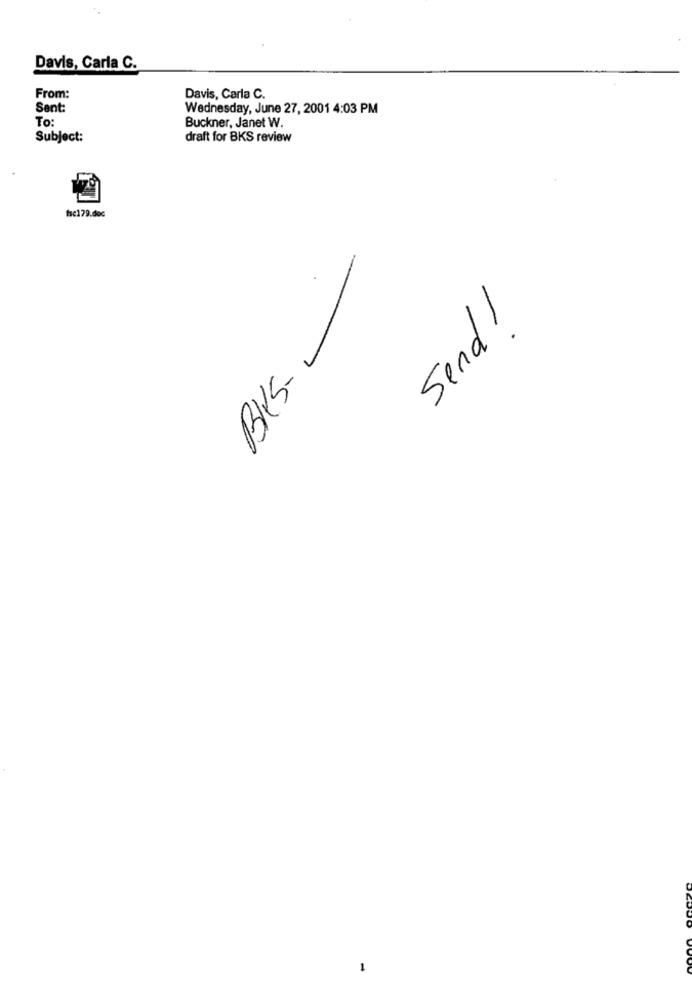
Davis, Carla C.
From:
Davis, Carla C.
Sent:
Wednesday, June 27, 2001 4:03 PM
To:
Buckner, Janet W.
Subject:
draft for BKS review
fsc179.doc
Send
BIKS-